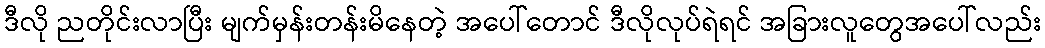
ဒီလို ညတိုင်းလာပြီး မျက်မှန်းတန်းမိနေတဲ့ အပေါ်တောင် ဒီလိုလုပ်ရဲရင် အခြားလူတွေအပေါ်လည်း